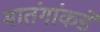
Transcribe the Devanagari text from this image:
मातंगांकडे